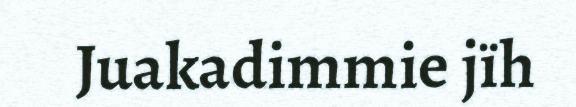
Juakadimmie jïh